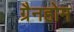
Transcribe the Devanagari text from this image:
ग्रैनहोम